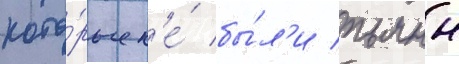
кото́рые н'е́ бы́л'и пьяны